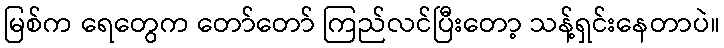
မြစ်က ရေတွေက တော်တော် ကြည်လင်ပြီးတော့ သန့်ရှင်းနေတာပဲ။